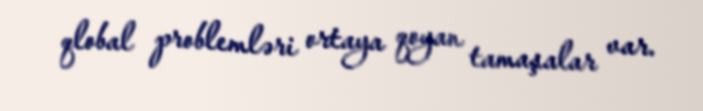
qlobal problemləri ortaya qoyan tamaşalar var.